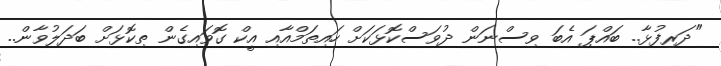
"ދަރިފުޅާ.. ބައްޕަ އެބަ ވިސްނަން ދުވަސްކޮޅަކަށް ހައިތަމްއާއި އީކް ގޮވައިގެން ތިކޮޅަށް ބަދަލުވާން..